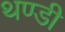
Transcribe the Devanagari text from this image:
थण्डी